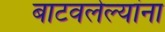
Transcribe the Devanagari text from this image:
बाटवलेल्यांना